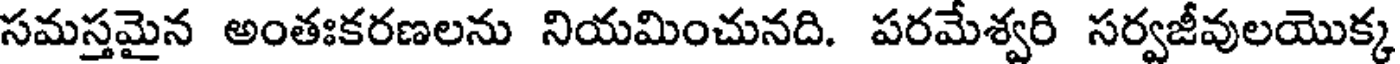
సమస్తమైన అంతఃకరణలను నియమించునది. పరమేశ్వరి సర్వజీవులయొక్క